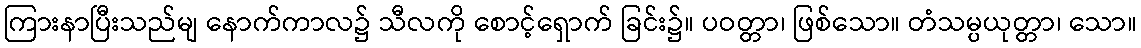
ကြားနာပြီးသည်မျ နောက်ကာလ၌ သီလကို စောင့်ရှောက် ခြင်း၌။ ပဝတ္တာ၊ ဖြစ်သော။ တံသမ္ပယုတ္တာ၊ သော။